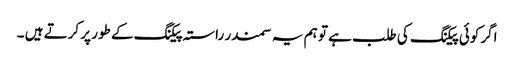
اگر کوئی پیکنگ کی طلب ہے تو ہم یہ سمندر راستہ پیکنگ کے طور پر کرتے ہیں ۔